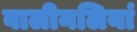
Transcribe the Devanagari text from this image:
वालीनलियां